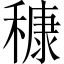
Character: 穅